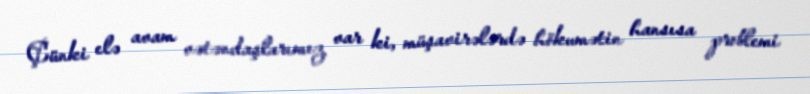
Çünki elə avam vətəndaşlarımız var ki, müşavirələrdə hökumətin hansısa problemi